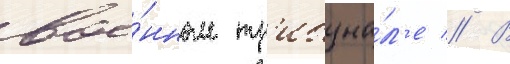
вое́нном тр'ибуна́л'е // В